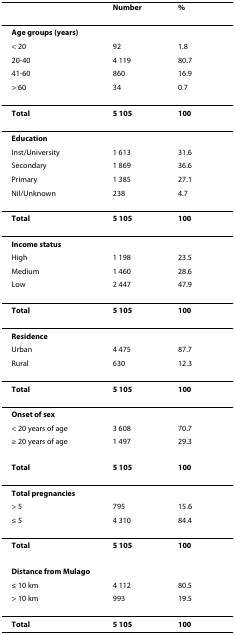
|  | Number | % |
 | --- | --- | --- |
 | Age groups (years) |  |  |
 | < 20 | 92 | 1.8 |
 | 20-40 | 4 119 | 80.7 |
 | 41-60 | 860 | 16.9 |
 | > 60 | 34 | 0.7 |
 | Total | 5 105 | 100 |
 | Education |  |  |
 | Inst/University | 1 613 | 31.6 |
 | Secondary | 1 869 | 36.6 |
 | Primary | 1 385 | 27.1 |
 | Nil/Unknown | 238 | 4.7 |
 | Total | 5 105 | 100 |
 | Income status |  |  |
 | High | 1 198 | 23.5 |
 | Medium | 1 460 | 28.6 |
 | Low | 2 447 | 47.9 |
 | Total | 5 105 | 100 |
 | Residence |  |  |
 | Urban | 4 475 | 87.7 |
 | Rural | 630 | 12.3 |
 | Total | 5 105 | 100 |
 | Onset of sex |  |  |
 | < 20 years of age | 3 608 | 70.7 |
 | ≥ 20 years of age | 1 497 | 29.3 |
 | Total | 5 105 | 100 |
 | Total pregnancies |  |  |
 | > 5 | 795 | 15.6 |
 | ≤ 5 | 4 310 | 84.4 |
 | Total | 5 105 | 100 |
 | Distance from Mulago |  |  |
 | ≤ 10 km | 4 112 | 80.5 |
 | > 10 km | 993 | 19.5 |
 | Total | 5 105 | 100 |